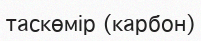
таскөмір (карбон)